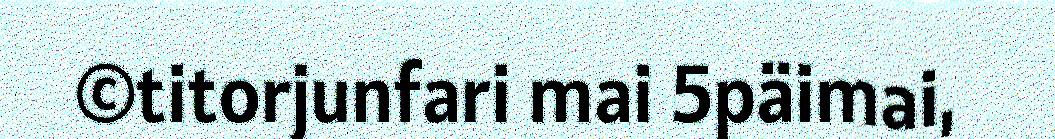
©titorjunfari mai 5päimai,